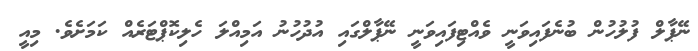
ނޭޕާލް ފުލުހުން ބުނެފައިވަނީ ވެއްޓިފައިވަނީ ނޭޕާލްގައި އުދުހުނު އަމިއްލަ ހެލިކޮޕްޓަރެއް ކަމަށެވެ. މިއީ